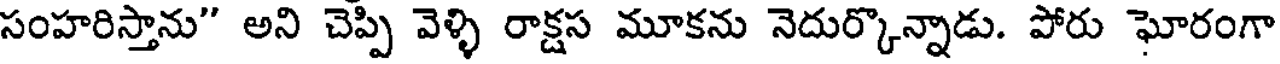
సంహరిస్తాను" అని చెప్పి వెళ్ళి రాక్షస మూకను నెదుర్కొన్నాడు. పోరు ఘోరంగా